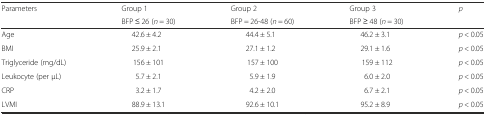
| <ROWSPAN=2> Parameters | Group 1 | Group 2 | Group 3 | <ROWSPAN=2> p |
 | BFP ≤ 26 (n = 30) | BFP = 26-48 (n = 60) | BFP ≥ 48 (n = 30) |
 | --- | --- | --- | --- | --- |
 | Age | 42.6 ± 4.2 | 44.4 ± 5.1 | 46.2 ± 3.1 | p < 0.05 |
 | BMI | 25.9 ± 2.1 | 27.1 ± 1.2 | 29.1 ± 1.6 | p < 0.05 |
 | Triglyceride (mg/dL) | 156 ± 101 | 157 ± 100 | 159 ± 112 | p < 0.05 |
 | Leukocyte (per μL) | 5.7 ± 2.1 | 5.9 ± 1.9 | 6.0 ± 2.0 | p < 0.05 |
 | CRP | 3.2 ± 1.7 | 4.2 ± 2.0 | 6.7 ± 2.1 | p < 0.05 |
 | LVMI | 88.9 ± 13.1 | 92.6 ± 10.1 | 95.2 ± 8.9 | p < 0.05 |